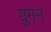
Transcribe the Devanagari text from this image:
ग्रुमन